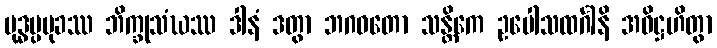
ဗုဒ္ဓပ္ပမုခဿ ဘိက္ခုသံဃဿ ဒါနံ ဒတွာ ဘဂဝတော သန္တိကေ ဥပေါသထင်္ဂါနိ အဓိဋ္ဌဟိတွာ